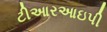
ટીઆરઆઇપી